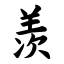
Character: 羡